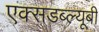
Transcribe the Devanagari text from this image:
एक्सडब्ल्यूबी